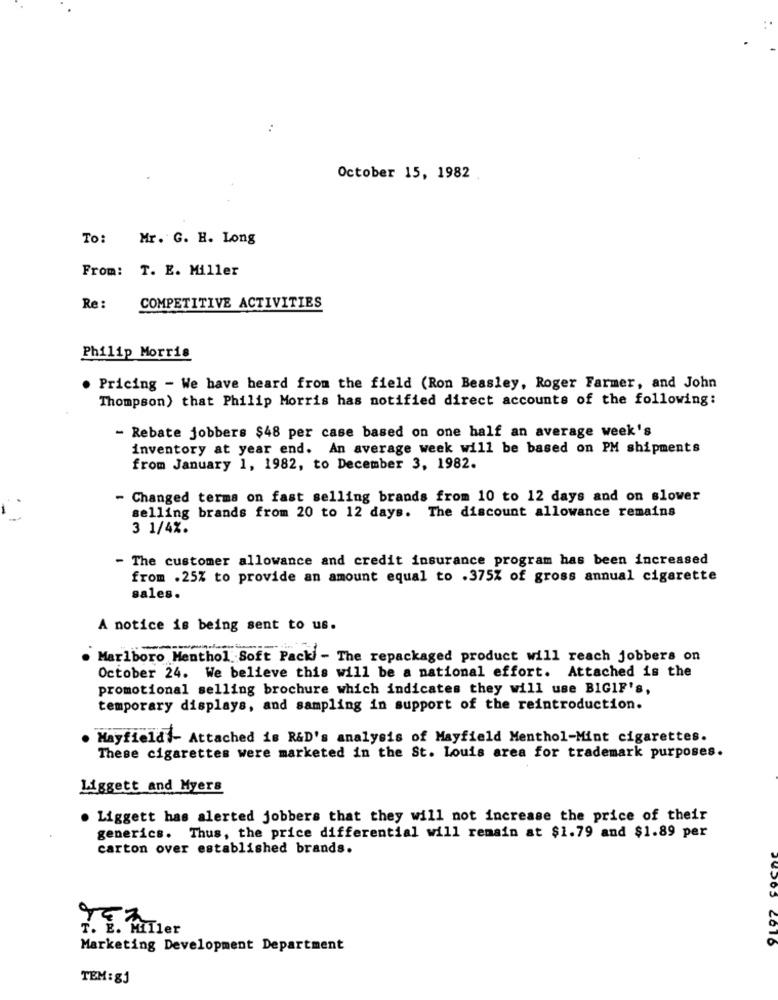
:
October 15, 1982
To: Mr. G. H. Long
From: T. E. Miller
Re:
COMPETITIVE ACTIVITIES
Philip Morris
Pricing - We have heard from the field (Ron Beasley, Roger Farmer, and John
Thompson) that Philip Morris has notified direct accounts of the following:
- Rebate jobbers $48 per case based on one half an average week's
inventory at year end. An average week will be based on PM shipments
from January 1, 1982, to December 3, 1982.
Changed terms on fast selling brands from 10 to 12 days and on slower
selling brands from 20 to 12 days. The discount allowance remains
3 1/4%.
- The customer allowance and credit insurance program has been increased
from .25% to provide an amount equal to .375% of gross annual cigarette
sales.
A notice is being sent to us.
Marlboro Menthol Soft Packi - The repackaged product will reach jobbers on
October 24. We believe this will be a national effort. Attached is the
promotional selling brochure which indicates they will use BIGIF's,
temporary displays, and sampling in support of the reintroduction.
Mayfieldl- Attached is R&D's analysis of Mayfield Menthol-Mint cigarettes.
These cigarettes were marketed in the St. Louis area for trademark purposes.
Liggett and Myers
. Liggett has alerted jobbers that they will not increase the price of their
generics. Thus, the price differential will remain at $1.79 and $1.89 per
carton over established brands.
Marketing Development Department
TEM: 83